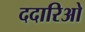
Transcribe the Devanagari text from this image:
ददारिओ